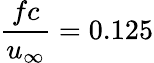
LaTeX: \frac{fc}{u_{\infty}}=0.125